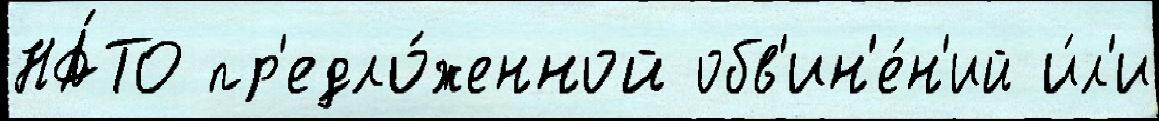
НА́ТО пр'едло́женной обв'ин'е́н'ий и́л'и